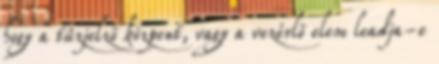
hogy a tûzjelzõ központ, vagy a vezérlõ elem leadja-e